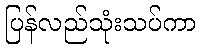
ပြန်လည်သုံးသပ်ကာ